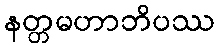
နတ္တမဟာဘိပဿ